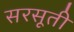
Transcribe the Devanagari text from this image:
सरसूती